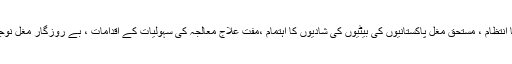
فلاحی پروگرام میں مغل برادری کی ضرورت مند خواتین کے لیے مناسب رشتوں کا انتظام ، مستحق مغل پاکستانیوں کی بیٹیوں کی شادیوں کا اہتمام ،مفت علاج معالجہ کی سہولیات کے اقدامات ، بے روزگار مغل نوجوانوں کے لیے بے روزگاری الاؤنس کا انتطام جیسے پروگرام شامل ہو سکتے ہیں ۔